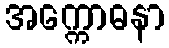
အက္ကောဓနာ